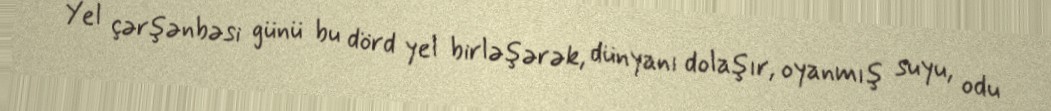
Yel çərşənbəsi günü bu dörd yel birləşərək, dünyanı dolaşır, oyanmış suyu, odu